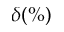
\delta ( \% )